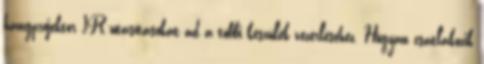
hangprojektor IR-utasításokat ad a többi készülék vezérléséhez. Hogyan csatlakozik